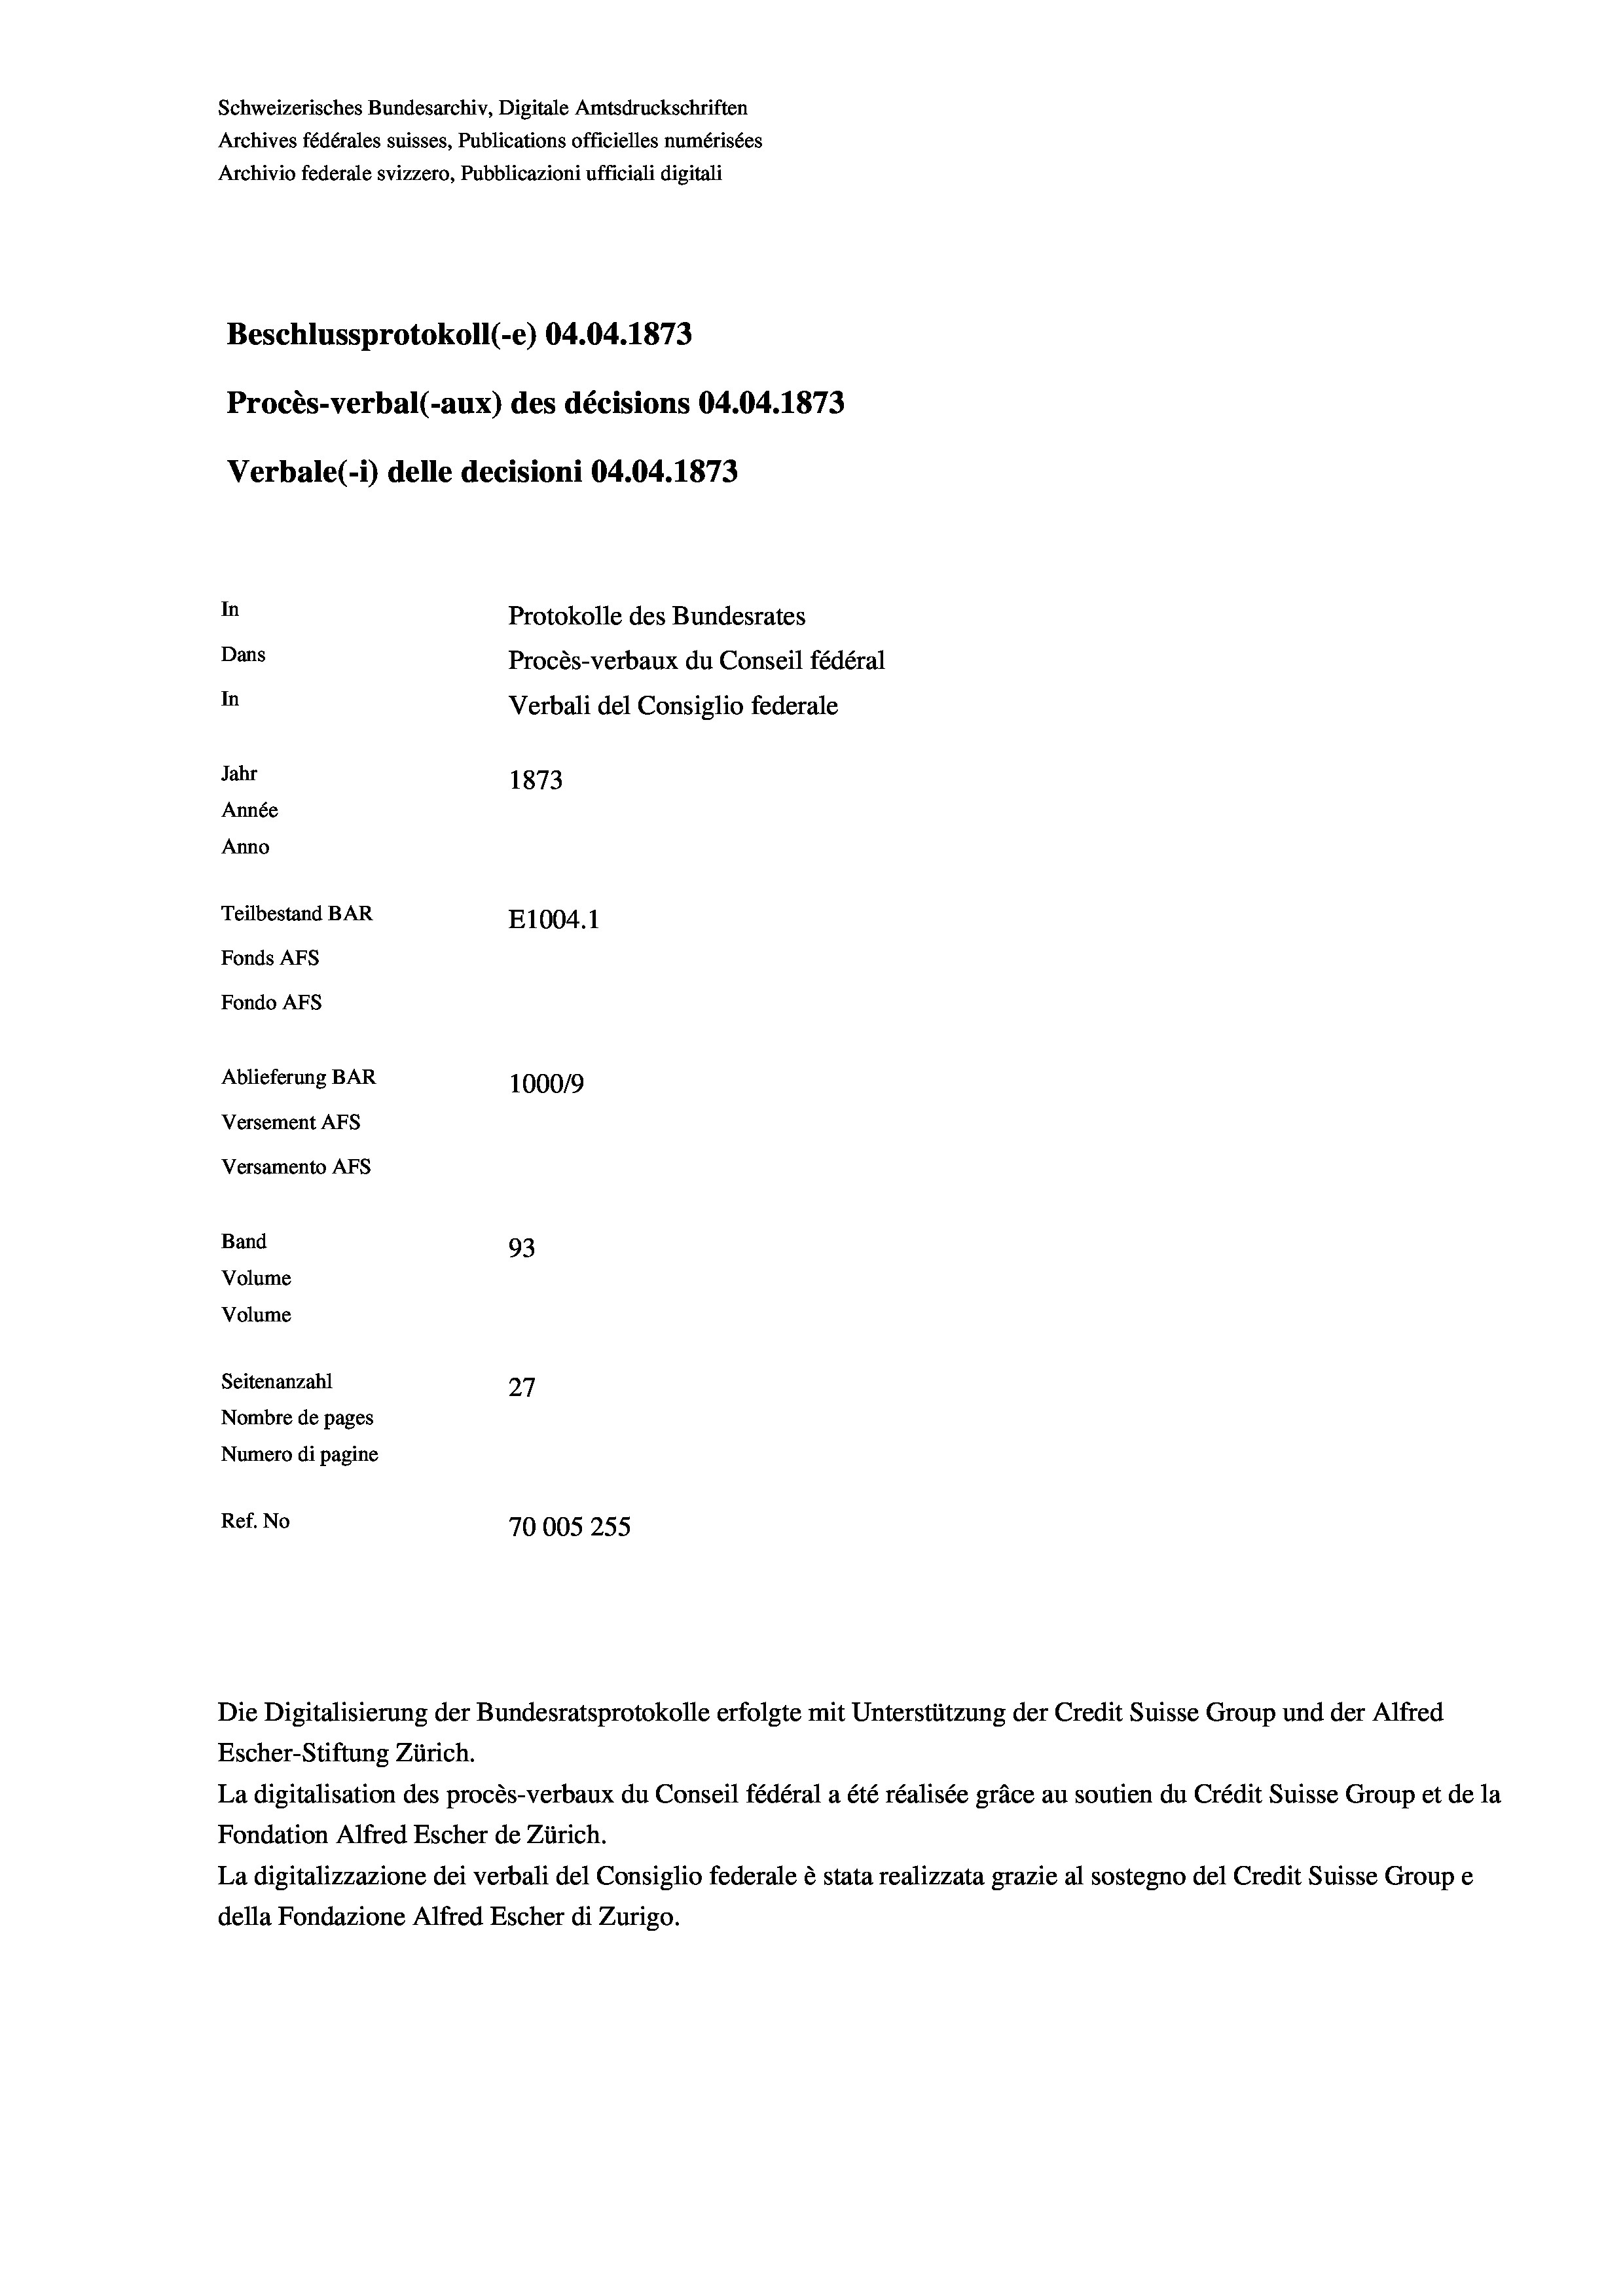
Schweizerisches Bundesarchiv, Digitale Amtsdruckschriften
Archives fédérales suisses, Publications officielles numérisées
Archivio federale svizzero, Pubblicazioni ufficiali digitali
Beschlussprotokoll (-e) 04.04. 1873
Procès-verbal (-aux) des décisions 04.04. 1873
Verbale (i) delle decisioni 04.04. 1873
In
Protokolle des Bundesrates
Dans
Procès-verbaux du Conseil fédéral
In
Verbali del Consiglio federale
Jahr
1873
Année
Anno
Teilbestand BAR
E1004.1
Fonds Afs
Fondo AFs
Ablieferung BAR
100019
Versement Abs
Versamento Afs
Band
93
Volume
Volume
Seitenanzahl
27
Nombre de pages
Numero di pagine
Ref. No
70005255

Die Digitalisierung der Bundesratsprotokolle erfolgte mit Unterstützung der Credit Suisse Group und der Alfred

Escher-Stiftung Zürich.
La digitalisation des procès-verbaux du Conseil fédéral a été réalisée gräce au soutien du Crédit Suisse Group et de la
Fondation Alfred Escher de Zürich.
La digitalizzazione dei verbali del Consiglio federale è stata realizzata grazie al sostegno del Credit Suisse Groupe
della Fondazione Alfred Escher di Zurigo.